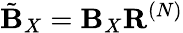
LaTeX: \tilde{\mathbf{B}}_{X}=\mathbf{B}_{X}\mathbf{R}^{(N)}